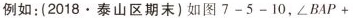
例如: (2018▪ 泰山区期末)如图7-5-10,\angle BAP+